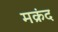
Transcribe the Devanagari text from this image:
मक्रंद